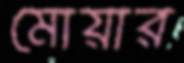
মোয়ার